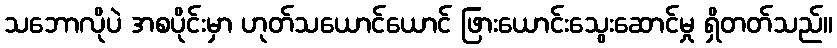
သဘောလိုပဲ အစပိုင်းမှာ ဟုတ်သယောင်ယောင် ဖြားယောင်းသွေးဆောင်မှု ရှိတတ်သည်။